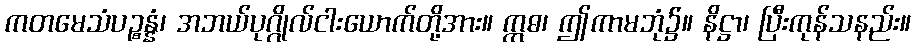
ကတမေသံပဉ္စန္နံ၊ အဘယ်ပုဂ္ဂိုလ်ငါးယောက်တို့အား။ ဣဓ၊ ဤကာမဘုံ၌။ နိဋ္ဌာ၊ ပြီးကုန်သနည်း။